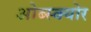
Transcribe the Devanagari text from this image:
ओब्स्क्योर